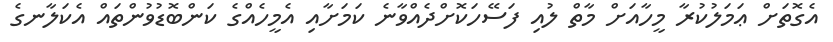
އެގޮތަށް ޢަމަލުކުރާ މީހާއަށް މާތް ލުއި ފަސޭހަކޮށްދެއްވާނެ ކަމަށާއި އެމީހެއްގެ ކަންބޮޑުވުންތައް އެކަލާނގެ